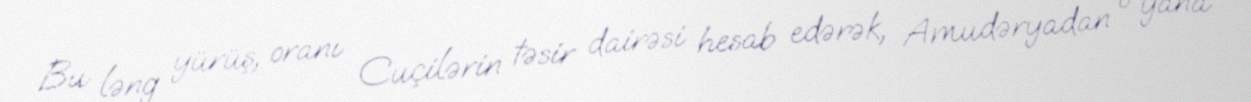
Bu ləng yürüş, oranı Cuçilərin təsir dairəsi hesab edərək, Amudəryadan o yana